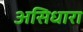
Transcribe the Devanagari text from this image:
असिधारा